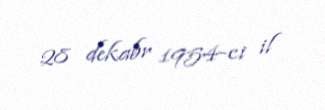
28 dekabr 1954-ci il